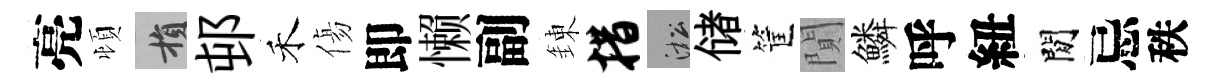
亮頓損邨禾傷即懒副錬措淞储筐閴鱗呼紐閒忌秩